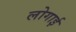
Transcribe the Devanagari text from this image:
लोगाई